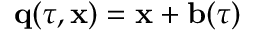
{ \bf q } ( \tau , { \bf x } ) = { \bf x } + { \bf b } ( \tau )